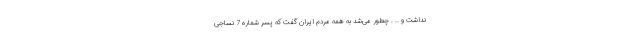
نداشت و .. . چطور می‌شد به همه مردم ایران گفت که پسر شماره 7 نساجی